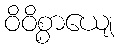
ဝိဝိစ္စာယျေ